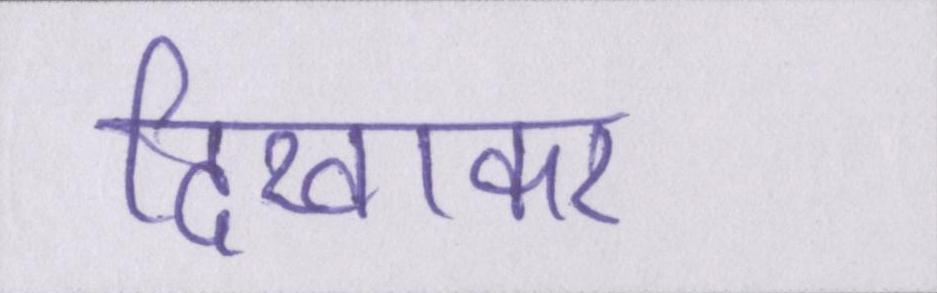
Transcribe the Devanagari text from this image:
दिखाकर